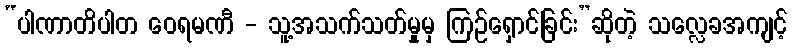
“ပါဏာတိပါတ ဝေရမဏီ - သူ့အသက်သတ်မှုမှ ကြဉ်ရှောင်ခြင်း”ဆိုတဲ့ သလ္လေခအကျင့်